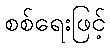
စစ်ရေးဖြင့်